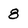
Character: 8